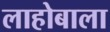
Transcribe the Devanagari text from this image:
लाहोबाला